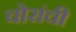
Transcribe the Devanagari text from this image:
चोरांची